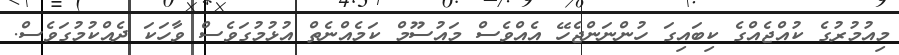
މިއުމުރުގެ ކުއްޖެއްގެ ކިބައިގަ ހުންނަންޖެހޭ އެއްވެސް މައުސޫމް ކަމެއްނެތް އުޅުމުގަވެސް ވާހަކަ ދެއްކުމުގަވެސް.